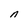
Character: n